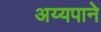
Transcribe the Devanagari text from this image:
अय्यपाने